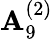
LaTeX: {\mathbf{A}}_{9}^{(2)}